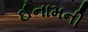
ઈનામની